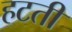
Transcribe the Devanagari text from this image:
हटतीं